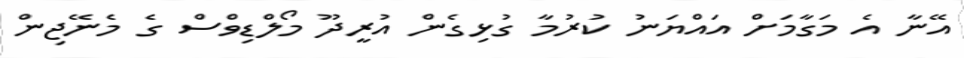
އޭނާ އެ މަގާމަށް އައްޔަނު ކުރުމާ ގުޅިގެން އުރީދޫ މޯލްޑިވްސް ގެ މެނޭޖިން